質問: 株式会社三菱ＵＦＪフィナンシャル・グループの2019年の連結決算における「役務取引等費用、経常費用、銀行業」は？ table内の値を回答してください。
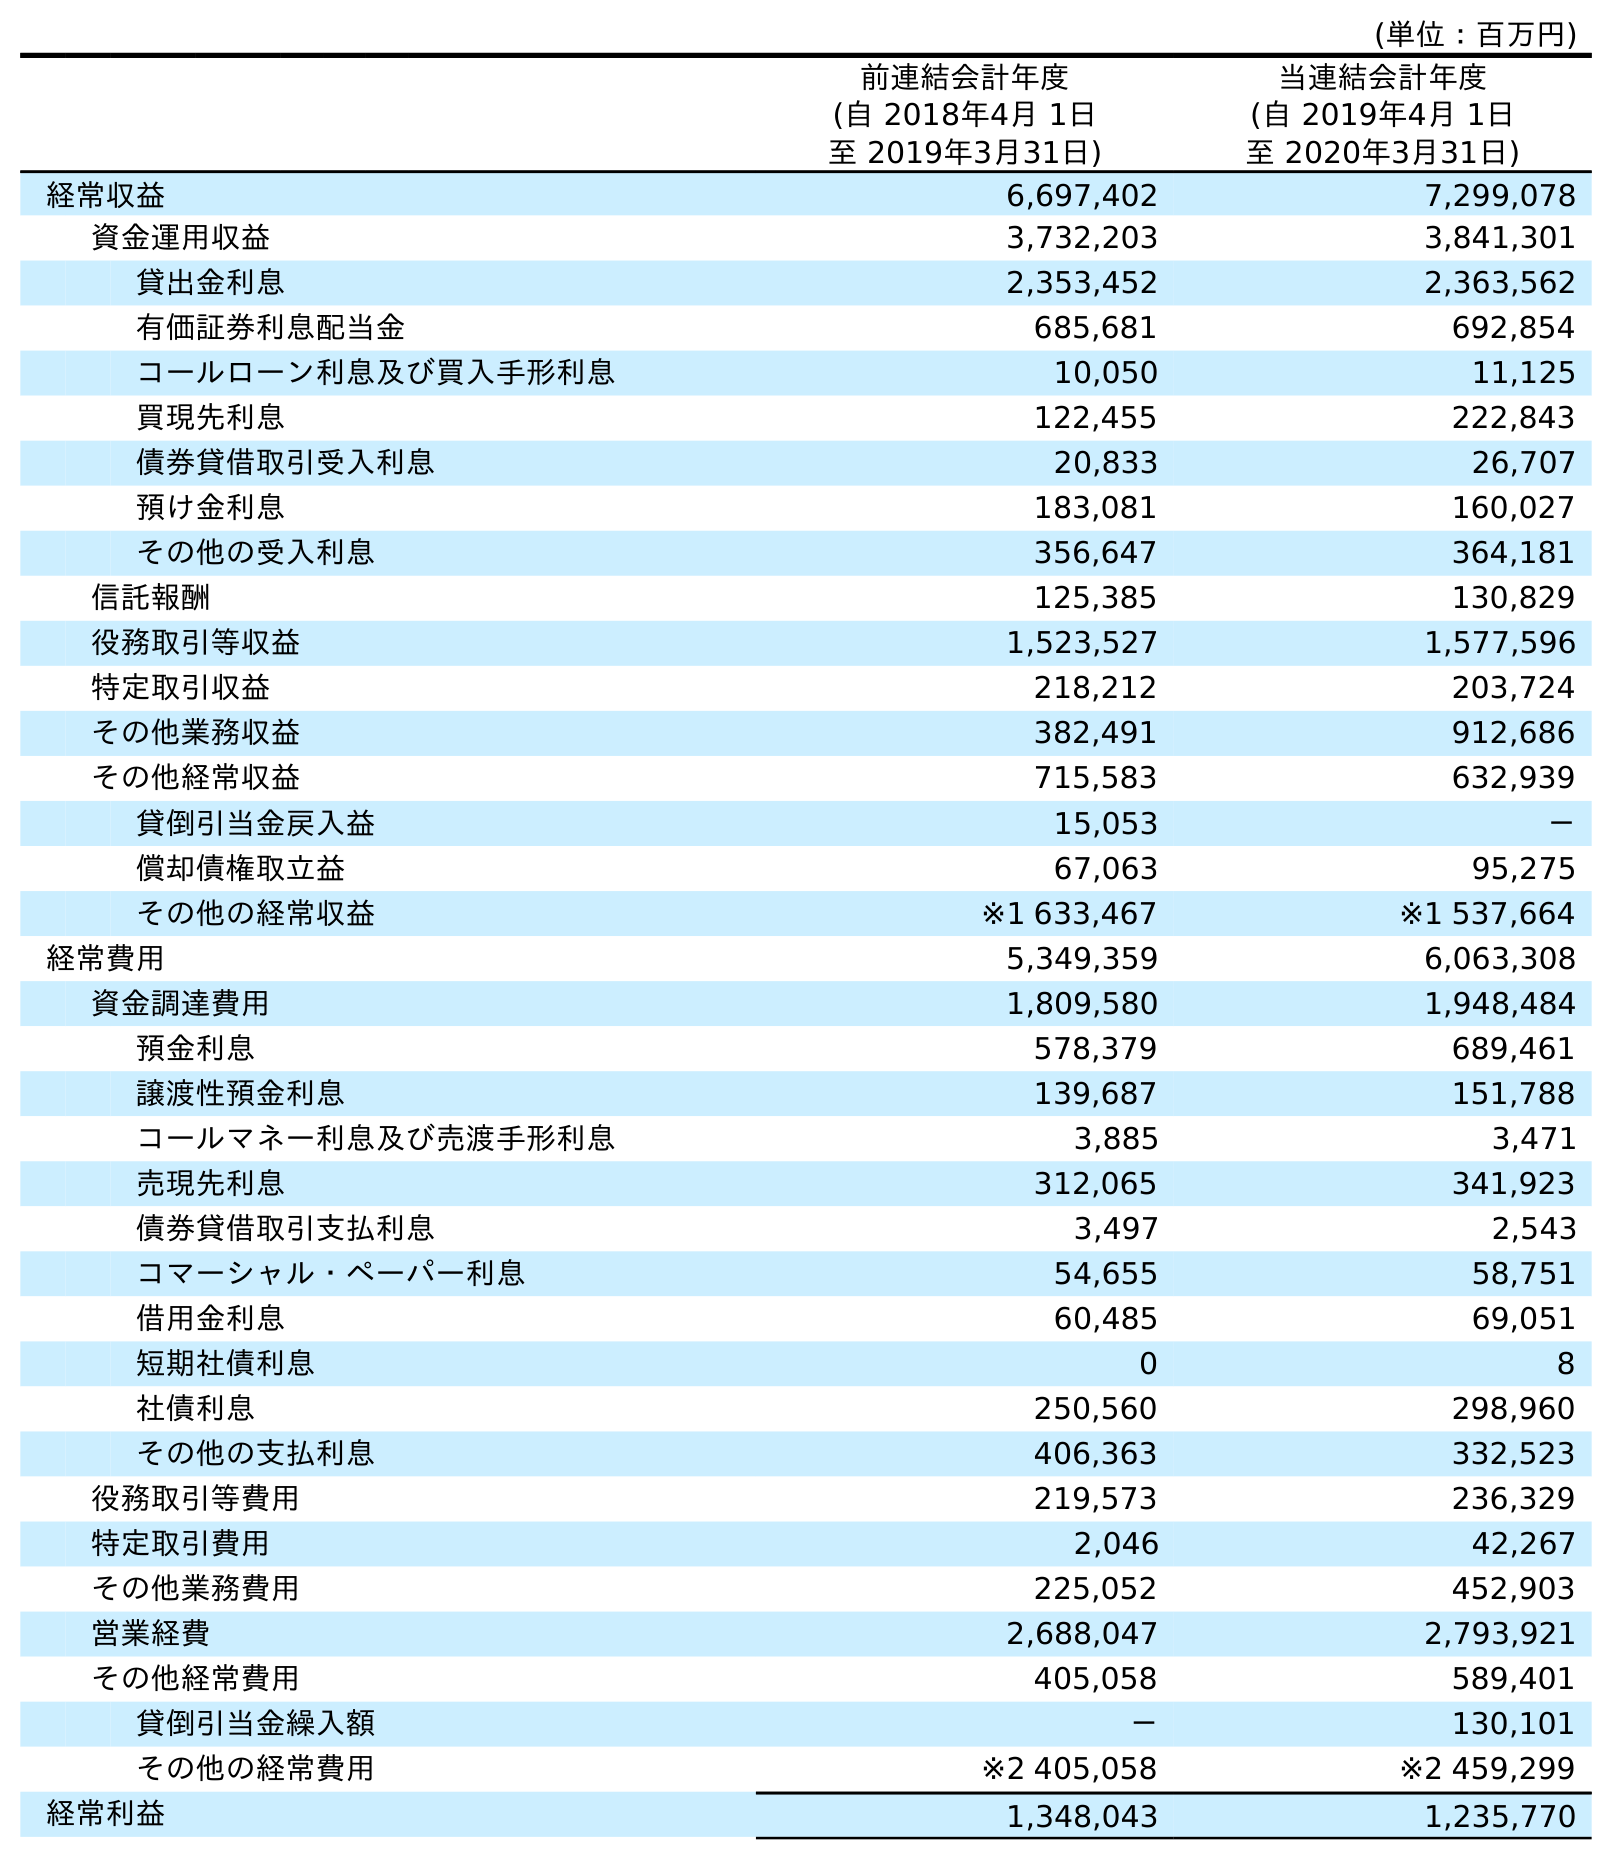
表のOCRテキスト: (単位：百万円) 前連結会計年度 (自 2018年4月 1日 至 2019年3月31日) 当連結会計年度 (自 2019年4月 1日 至 2020年3月31日) 経常収益 6,697,402 7,299,078 資金運用収益 3,732,203 3,841,301 貸出金利息 2,353,452 2,363,562 有価証券利息配当金 685,681 692,854 コールローン利息及び買入手形利息 10,050 11,125 買現先利息 122,455 222,843 債券貸借取引受入利息 20,833 26,707 預け金利息 183,081 160,027 その他の受入利息 356,647 364,181 信託報酬 125,385 130,829 役務取引等収益 1,523,527 1,577,596 特定取引収益 218,212 203,724 その他業務収益 382,491 912,686 その他経常収益 715,583 632,939 貸倒引当金戻入益 15,053 － 償却債権取立益 67,063 95,275 その他の経常収益 ※1 633,467 ※1 537,664 経常費用 5,349,359 6,063,308 資金調達費用 1,809,580 1,948,484 預金利息 578,379 689,461 譲渡性預金利息 139,687 151,788 コールマネー利息及び売渡手形利息 3,885 3,471 売現先利息 312,065 341,923 債券貸借取引支払利息 3,497 2,543 コマーシャル・ペーパー利息 54,655 58,751 借用金利息 60,485 69,051 短期社債利息 0 8 社債利息 250,560 298,960 その他の支払利息 406,363 332,523 役務取引等費用 219,573 236,329 特定取引費用 2,046 42,267 その他業務費用 225,052 452,903 営業経費 2,688,047 2,793,921 その他経常費用 405,058 589,401 貸倒引当金繰入額 － 130,101 その他の経常費用 ※2 405,058 ※2 459,299 経常利益 1,348,043 1,235,770
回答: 219,573